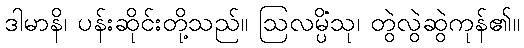
ဒါမာနိ၊ ပန်းဆိုင်းတို့သည်။ ဩလမ္ပိံသု၊ တွဲလွဲဆွဲကုန်၏။